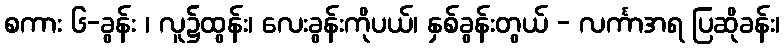
စကား ၆-ခွန်း ၊ လူ၌ထွန်း၊ လေးခွန်းကိုပယ်၊ နှစ်ခွန်းတွယ် - လင်္ကာအရ ပြဆိုခန်း၊